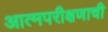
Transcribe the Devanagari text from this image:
आत्मपरीक्षणाची